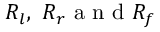
R _ { l } , \ R _ { r } \mathrm { ~ a ~ n ~ d ~ } R _ { f }